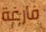
فارغة